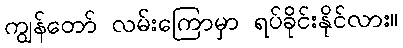
ကျွန်တော် လမ်းကြောမှာ ရပ်ခိုင်းနိုင်လား။